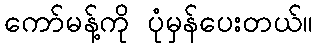
ကော်မန့်ကို ပုံမှန်ပေးတယ်။